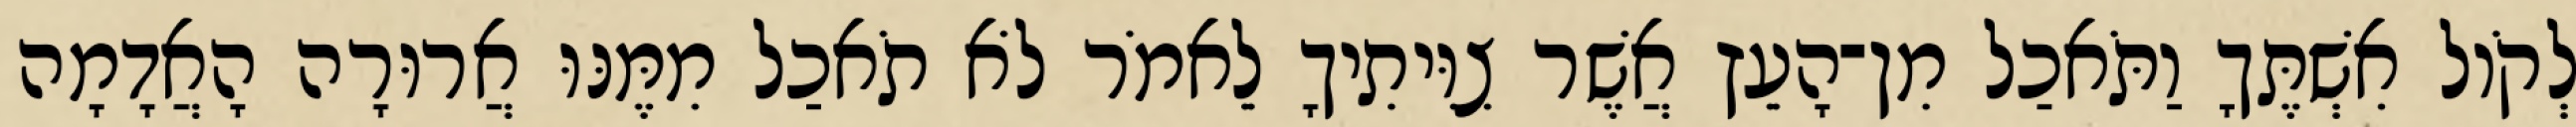
לְקֹול אִשְׁתֶּךָ וַתֹּאכַל מִן־הָעֵץ אֲשֶׁר צִוִּיתִיךָ לֵאמֹר לֹא תֹאכַל מִמֶּנּוּ אֲרוּרָה הָאֲדָמָה